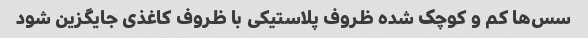
سس‌ها کم و کوچک شده ظروف پلاستیکی با ظروف کاغذی جایگزین شود